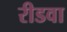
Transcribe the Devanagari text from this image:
रीडवा